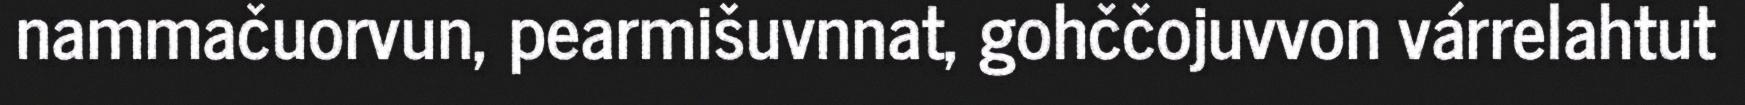
nammačuorvun, pearmišuvnnat, gohččojuvvon várrelahtut